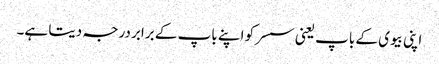
اپنی بیوی کے باپ یعنی سسر کو اپنے باپ کے برابر درجہ دیتا ہے۔